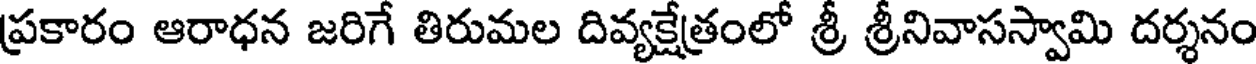
ప్రకారం ఆరాధన జరిగే తిరుమల దివ్యక్షేత్రంలో శ్రీ శ్రీనివాసస్వామి దర్శనం